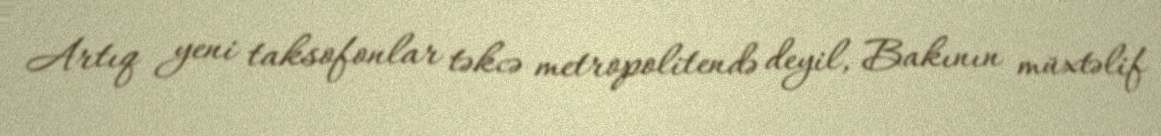
Artıq yeni taksofonlar təkcə metropolitendə deyil, Bakının müxtəlif